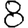
Digit: 8